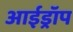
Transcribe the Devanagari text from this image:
आईड्रॉप